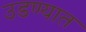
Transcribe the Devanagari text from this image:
उडण्यात